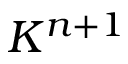
K ^ { n + 1 }